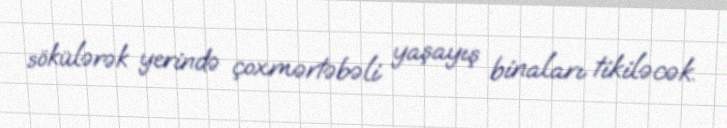
sökülərək yerində çoxmərtəbəli yaşayış binaları tikiləcək.